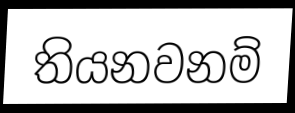
තියනවනම්